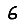
Digit: 6